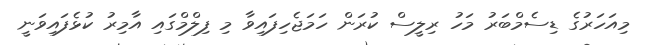
މިއަހަރުގެ ޑިސެމްބަރު މަހު ރިލީސް ކުރަން ހަމަޖެހިފައިވާ މި ފިލްމްގައި އާމިރު ކުޅެފައިވަނީ